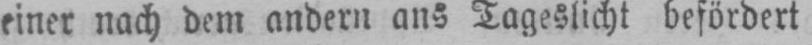
einer nach dem andern ans Tageslicht befördert